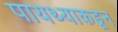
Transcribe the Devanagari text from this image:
पायथ्याकडून